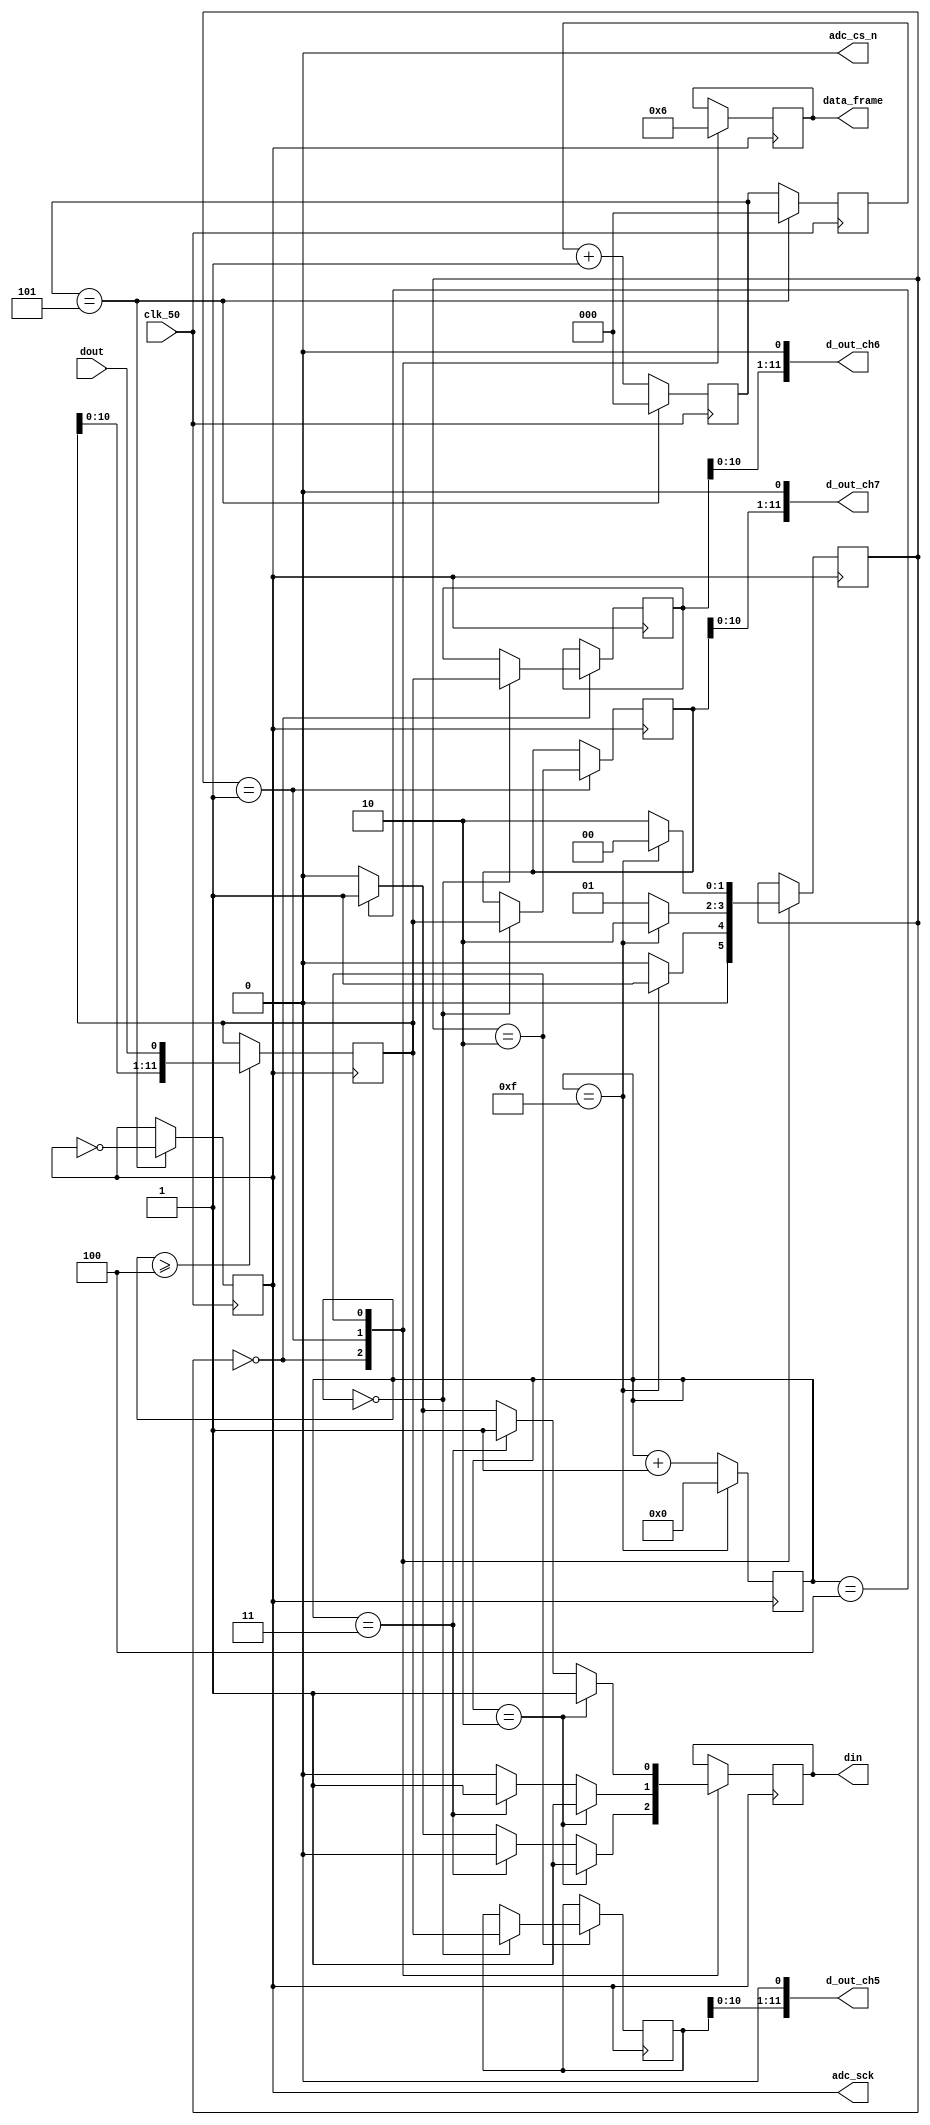
// SB : Task 2 A : ADC
/*
Instructions
-------------------
Students are not allowed to make any changes in the Module declaration.
This file is used to design ADC Controller.

Recommended Quartus Version : 19.1
The submitted project file must be 19.1 compatible as the evaluation will be done on Quartus Prime Lite 19.1.

Warning: The error due to compatibility will not be entertained.
-------------------
*/

//ADC Controller design
//Inputs  : clk_50 : 50 MHz clock, dout : digital output from ADC128S022 (serial 12-bit)
//Output  : adc_cs_n : Chip Select, din : Ch. address input to ADC128S022, adc_sck : 2.5 MHz ADC clock,
//				d_out_ch5, d_out_ch6, d_out_ch7 : 12-bit output of ch. 5,6 & 7,
//				data_frame : To represent 16-cycle frame (optional)

//////////////////DO NOT MAKE ANY CHANGES IN MODULE//////////////////
module adc_control(
	input  clk_50,				//50 MHz clock
	input  dout,				//digital output from ADC128S022 (serial 12-bit)
	output adc_cs_n,			//ADC128S022 Chip Select
	output din,					//Ch. address input to ADC128S022 (serial)
	output adc_sck,			//2.5 MHz ADC clock
	output [11:0]d_out_ch5,	//12-bit output of ch. 5 (parallel)
	output [11:0]d_out_ch6,	//12-bit output of ch. 6 (parallel)
	output [11:0]d_out_ch7,	//12-bit output of ch. 7 (parallel)
	output [1:0]data_frame	//To represent 16-cycle frame (optional)
);
	
////////////////////////WRITE YOUR CODE FROM HERE////////////////////
assign adc_cs_n = 0;

//1. For Clock
reg [2:0]count=5;

reg [2:0]count_q = 4;
reg adc_sck1 = 1;
assign adc_sck = adc_sck1;

always @(negedge clk_50) begin
	count_q <= count;
	if(count == 3'd5) begin
		count <= 0;
		count_q <= 0;
		adc_sck1 <= ~(adc_sck1); // latch? check for error here
	end
	else begin
		count <= count_q + 1;
	end
end

//2. FSM
reg [3:0] count16 = 0;

reg dinq = 0;
reg [1:0] dframe = 0;
reg [11:0] tempreg = 0;
reg [11:0] d_out_ch5q = 0;
reg [11:0] d_out_ch6q = 0;
reg [11:0] d_out_ch7q = 0;

assign din = dinq;
assign data_frame = dframe;
assign d_out_ch5 = d_out_ch5q<<1;
assign d_out_ch6 = d_out_ch6q<<1;
assign d_out_ch7 = d_out_ch7q<<1;

reg [1:0] state = 0;

always @(negedge adc_sck) begin
	
	if(count16 >= 4'd4) begin
				tempreg <= {tempreg[10:0], dout};
	end
	
	case(state) 
		2'b00 : begin
			if (count16 == 4'd00) begin
				d_out_ch6q <= tempreg;
			end
			if(count16 == 4'd2) dinq <= 1;
			else if(count16 == 4'd3) dinq <= 0;
			else if(count16 == 4'd4) dinq <= 1;
			else dinq <= 0;
			
			dframe <= 2'b00;
			
			if(count16 == 4'd15)begin
				state <= 2'b01;
			end 
			else state<= 2'b00;
			
		end
		2'b01: begin
			if(count16 == 4'd2) dinq <= 1;
			else if(count16 == 4'd3) dinq <= 1;
			else if(count16 == 4'd4) dinq <= 0;
			else dinq <= 0;
			
			dframe <= 2'b01;
			
			if (count16 == 4'd00) begin
				d_out_ch7q <= tempreg;
			end
			if(count16 == 4'd15)begin
				state <= 2'b10;
			end 
			else state<= 2'b01;
			
		end
		2'b10: begin
			if(count16 == 4'd2) dinq <= 1;
			else if(count16 == 4'd3) dinq <= 1;
			else if(count16 == 4'd4) dinq <= 1;
			else dinq <= 0;
			
			dframe <= 2'b10;
			
			if (count16 == 4'd00) begin
				d_out_ch5q <= tempreg;
			end
			if(count16 == 4'd15)begin
				state <= 2'b00;
			end 
			else state<= 2'b10;
			
		end
	
	endcase
	if(count16 == 4'd15)begin
			count16 <= 0;
	end 
	else count16 <= count16 + 1;
	
end

////////////////////////YOUR CODE ENDS HERE//////////////////////////
endmodule
///////////////////////////////MODULE ENDS///////////////////////////